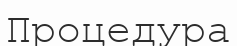
Процедура